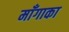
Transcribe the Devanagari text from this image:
माँगाका